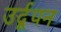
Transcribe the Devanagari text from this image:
उर्दूपन